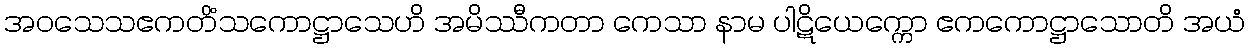
အဝသေသဧကတိံသကောဋ္ဌာသေဟိ အမိဿီကတာ ကေသာ နာမ ပါဋိယေက္ကော ဧကကောဋ္ဌာသောတိ အယံ